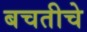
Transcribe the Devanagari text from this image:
बचतीचे